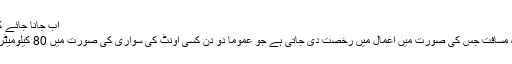
اب جانا جائے کے مسافت سفر کیا ہے:
مسافت سفر سے مراد وہ مسافت جس کی صورت میں اعمال میں رخصت دی جاتی ہے جو عموما دو دن کسی اونٹ کی سواری کی صورت میں 80 کیلومیٹر پر مشتمل ہوسکتی ہے۔